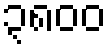
၃၈၀၀